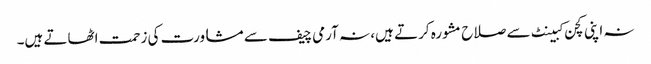
نہ اپنی کچن کبینٹ سے صلاح مشورہ کرتے ہیں، نہ آرمی چیف سے مشاورت کی زحمت اٹھاتے ہیں۔